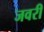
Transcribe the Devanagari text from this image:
जवरी